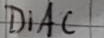
Text: DiAC